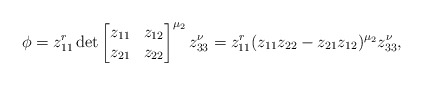
\begin{align*}\phi=z_{11}^r \det\begin{bmatrix} z_{11} & z_{12} \\ z_{21} & z_{22} \end{bmatrix}^{\mu_2} z_{33}^\nu=z_{11}^r (z_{11}z_{22}-z_{21}z_{12})^{\mu_2}z_{33}^\nu,\end{align*}